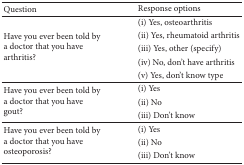
<table><thead><tr><td><b>Question</b></td><td><b>Response options</b></td></tr></thead><tbody><tr><td rowspan="5">Have you ever been told by a doctor that you have arthritis?</td><td>(i) Yes, osteoarthritis</td></tr><tr><td>(ii) Yes, rheumatoid arthritis</td></tr><tr><td>(iii) Yes, other (specify)</td></tr><tr><td>(iv) No, don&#x27;t have arthritis</td></tr><tr><td>(v) Yes, don&#x27;t know type</td></tr><tr><td rowspan="3">Have you ever been told by a doctor that you have gout?</td><td>(i) Yes</td></tr><tr><td>(ii) No</td></tr><tr><td>(iii) Don&#x27;t know</td></tr><tr><td rowspan="3">Have you ever been told by a doctor that you have osteoporosis?</td><td>(i) Yes</td></tr><tr><td>(ii) No</td></tr><tr><td>(iii) Don&#x27;t know</td></tr></tbody></table>